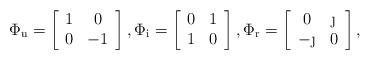
LaTeX: \begin{align*}\Phi_\mathrm u = \left[\begin{array}{cc} 1 & 0 \\ 0 & -1 \end{array} \right], \Phi_\mathrm i = \left[\begin{array}{cc} 0 & 1 \\ 1 & 0 \end{array} \right], \Phi_\mathrm r = \left[\begin{array}{cc} 0 & \j \\ -\j & 0 \end{array} \right], \end{align*}